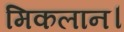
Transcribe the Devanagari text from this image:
मिकलान।